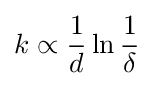
k\propto {\frac {1}{d}}\ln {\frac {1}{\delta }}